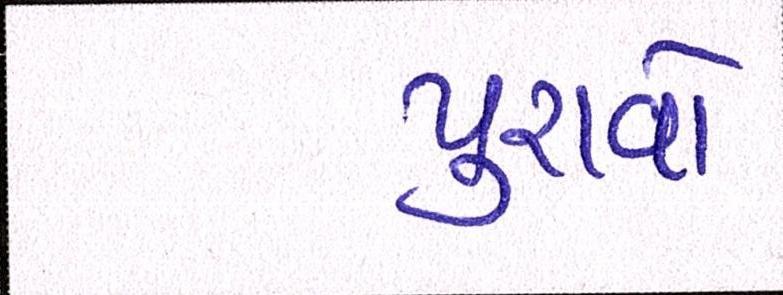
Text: પુરાવો